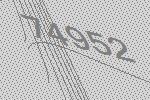
74952